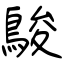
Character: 鵔